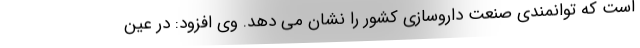
است که توانمندی صنعت داروسازی کشور را نشان می دهد. وی افزود: در عین